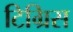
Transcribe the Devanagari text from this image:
टिग्रिस